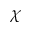
\chi